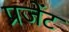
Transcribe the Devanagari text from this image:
प्रजेंट